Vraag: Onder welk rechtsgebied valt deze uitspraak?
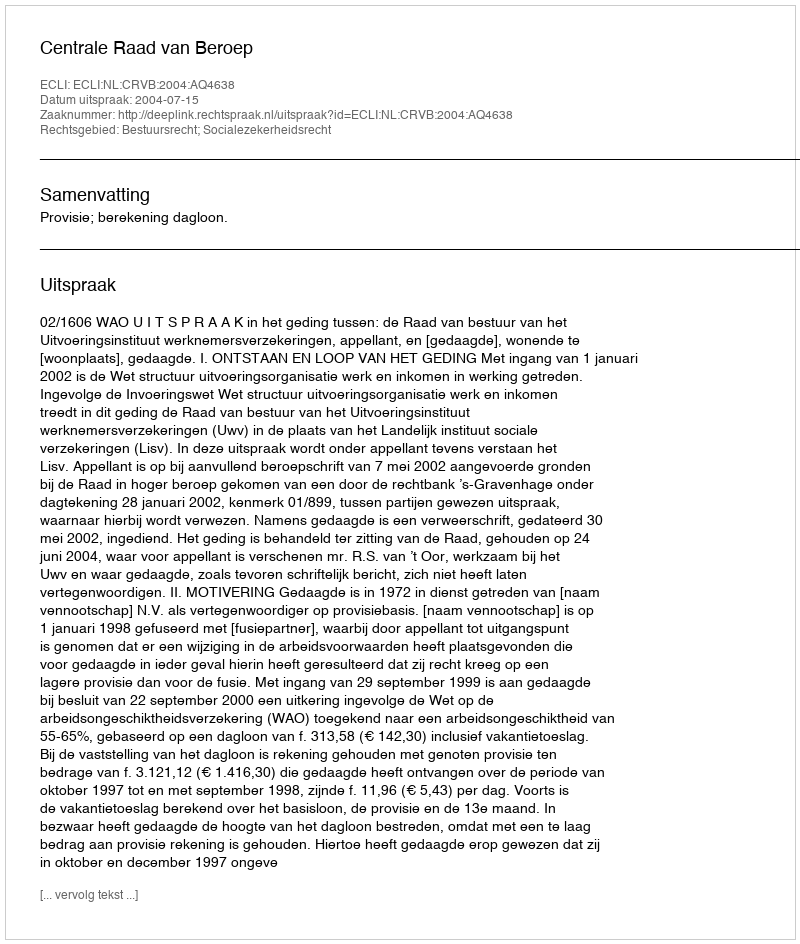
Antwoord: Bestuursrecht; Socialezekerheidsrecht